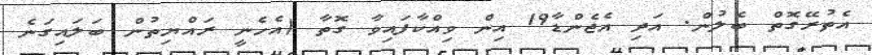
އެތުރޭގޮތް ބެލުން. އަދި އެޖެންޑާ19 އިން ވިއްކާފައިވާ ގޮތާ (އެހެނީ ރައްޔިތުން ބަލައިގަނެ